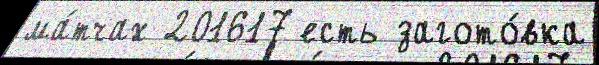
ма́тчах 201617 есть загото́вка